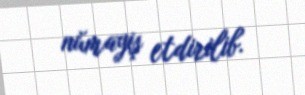
nümayiş etdirilib.